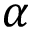
\alpha